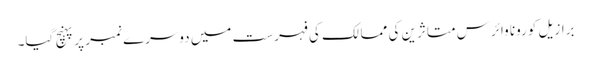
برازیل کورونا وائرس متاثرین کی ممالک کی فہرست میں دوسرے نمبر پر پہنچ گیا۔